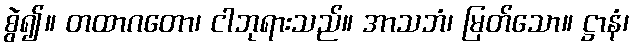
စွဲ၍။ တထာဂတော၊ ငါဘုရားသည်။ အာသဘံ၊ မြတ်သော။ ဋ္ဌာနံ၊